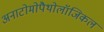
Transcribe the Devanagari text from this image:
अनाटोमोपैथोलॉजिकल